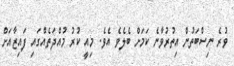
ވުރެ ނިސްބަތުން އިތުރުވާނެ ކަމަަށް ބެލެވެ އެވެ. މިއީ ކުރު މުއްދަތެއްގައި ފައިޒާއަށް